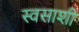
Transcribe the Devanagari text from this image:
स्वसाशी